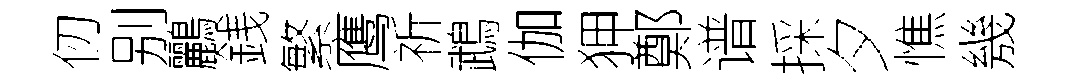
仞别鸝銭繁鹰祈鵡伽狎鄭谱採夕憔㡬